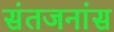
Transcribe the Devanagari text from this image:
संतजनांस